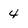
Character: 4